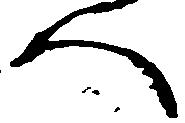
人